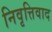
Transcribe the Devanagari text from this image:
निवृत्तिवाद